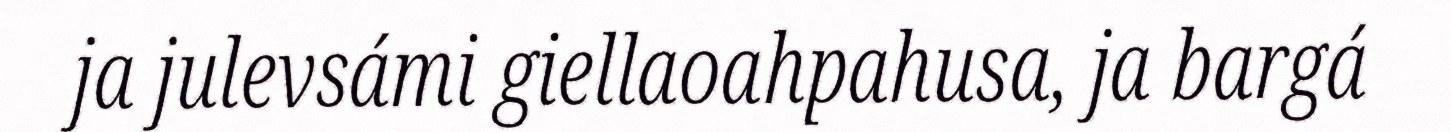
ja julevsámi giellaoahpahusa, ja bargá